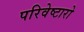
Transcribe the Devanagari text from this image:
परिवेष्टारो